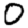
Digit: 0